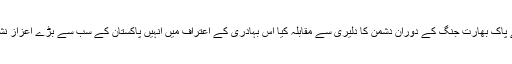
لانس نائیک محفوظ نے پاک بھارت جنگ کے دوران دشمن کا دلیری سے مقابلہ کیا اس بہادری کے اعتراف میں انہیں پاکستان کے سب سے بڑے اعزاز نشان حیدر سے نوازا گیا۔